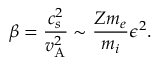
\beta = \frac { c _ { s } ^ { 2 } } { v _ { \mathrm { A } } ^ { 2 } } \sim \frac { Z m _ { e } } { m _ { i } } \epsilon ^ { 2 } .